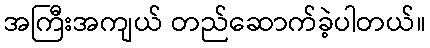
အကြီးအကျယ် တည်ဆောက်ခဲ့ပါတယ်။